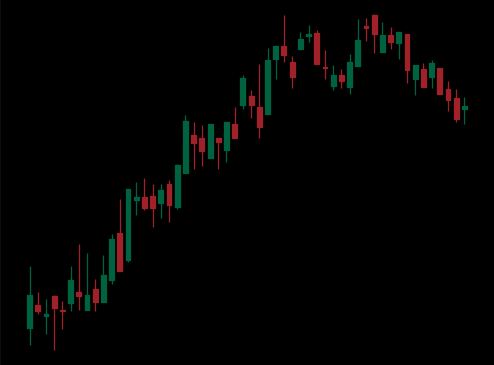
Pattern: bear_flag